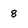
Character: 8